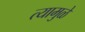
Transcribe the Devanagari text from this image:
त्यामुुळे